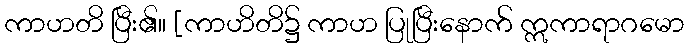
ကာဟတိ ပြီး၏။ [ကာဟိတိ၌ ကာဟ ပြုပြီးနောက် ဣကာရာဂမော